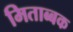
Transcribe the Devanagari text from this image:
मिताब्बक